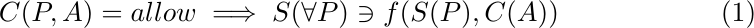
\begin{equation}
	C(P, A) = allow \implies S(\forall P) \ni f(S(P), C(A))
\end{equation}